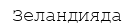
Зеландияда